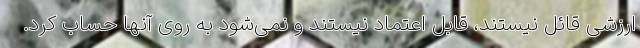
ارزشی قائل نیستند، قابل اعتماد نیستند و نمی‌شود به روی آنها حساب کرد.